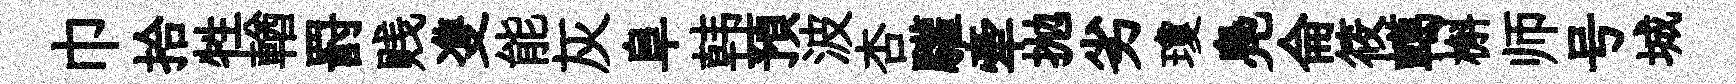
巾拾牲輶罸贱㕠能灰阜韩預波杏驩牽抛劣瓊鳧侖筱轕槲师号城